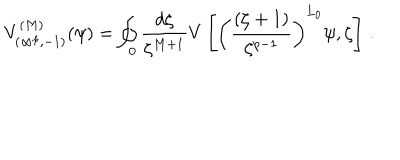
V _ { ( \infty ^ { p } , - 1 ) } ^ { ( M ) } ( \psi ) = \oint _ { 0 } \frac { d \zeta } { \zeta ^ { M + 1 } } V \left[ \left( \frac { ( \zeta + 1 ) } { \zeta ^ { p - 1 } } \right) ^ { L _ { 0 } } \psi , \zeta \right] \, .